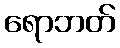
ရောဘတ်